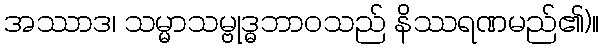
အဿာဒ၊ သမ္မာသမ္ဗုဒ္ဓဘာဝသည် နိဿရဏမည်၏)။